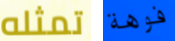
تمثله فوهة